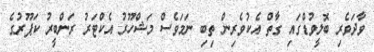
ވާދަވެރި ބޮލީވުޑްގައި ގާތް އެކުވެރިން ތިބި ނަމަވެސް މަޝްހޫރު އެކްޓަރު ރަންބީރު ކަޕޫރުގެ